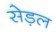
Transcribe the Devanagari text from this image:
सेड़ल